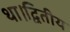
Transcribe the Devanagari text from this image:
था।द्वितीय